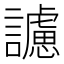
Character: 𧭜